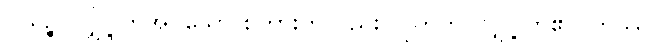
ဂုယှဉ္စ၊ လျှို့ဝှက်အပ်သော စကားကိုလည်း။ ဂူဟတိ၊ လျှို့ဝှက်၏။ တဿ၊